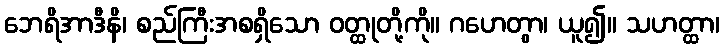
ဘေရိအာဒီနိ၊ စည်ကြီးအစရှိသော ဝတ္ထုတို့ကို။ ဂဟေတွာ၊ ယူ၍။ သဟတ္ထာ၊